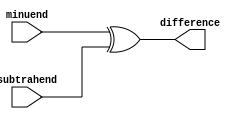
module subtractor (
    input wire [7:0] minuend,
    input wire [7:0] subtrahend,
    output reg [7:0] difference
);

// Perform subtraction operation using XOR gates
assign difference = minuend ^ subtrahend;

endmodule